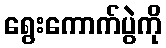
ရွေးကောက်ပွဲကို